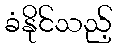
ခံနိုင်သည့်